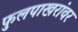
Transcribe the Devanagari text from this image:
फुलपाखरांवर